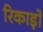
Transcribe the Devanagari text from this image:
रिकाड़ों